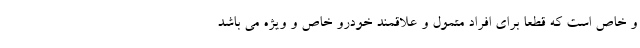
و خاص است که قطعا برای افراد متمول و علاقمند خودرو خاص و ویژه می باشد